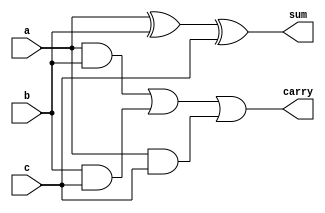
`timescale 1ns / 1ps
//////////////////////////////////////////////////////////////////////////////////
// Company: 
// Engineer: 
// 
// Design Name: 
// Module Name:    RCA 
// Project Name: 
// Target Devices: 
// Tool versions: 
// Description: 
//
// Dependencies: 
//
// Revision: 
// Revision 0.01 - File Created
// Additional Comments: 
//
//////////////////////////////////////////////////////////////////////////////////
module fa_df(a,b,c,sum,carry);
input a,b,c;
output sum,carry;

assign sum = a^b^c;
assign carry = ((a&b )| (b&c )| (a&c));

endmodule

module RCA(a,b,cin,cout,sum);
	input [3:0]a,b;
	input cin;
	output [3:0]sum;
	output cout;
	
	wire c1,c2,c3;
	fa_df fa0(a[0],b[0],cin,sum[0],c1);
	fa_df fa1(a[1],b[1],c1,sum[1],c2);
	fa_df fa2(a[2],b[2],c2,sum[2],c3);
	fa_df fa3(a[3],b[3],c3,sum[3],cout);
	
endmodule